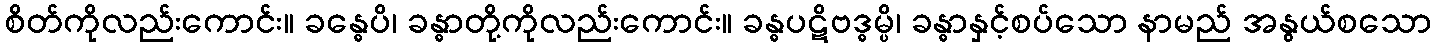
စိတ်ကိုလည်းကောင်း။ ခန္ဓေပိ၊ ခန္ဓာတို့ကိုလည်းကောင်း။ ခန္ဓပဋိဗဒ္ဓမ္ပိ၊ ခန္ဓာနှင့်စပ်သော နာမည် အနွယ်စသော